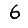
Digit: 6